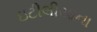
ઇટીલીયાના